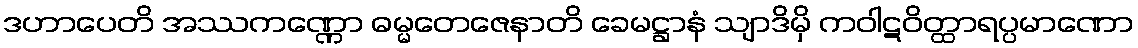
ဒဟာပေတိ အဿကဏ္ဏော ဓမ္မတေဇေနာတိ ခေမဋ္ဌာနံ သျာဒိမှိ ကဝါဋဝိတ္ထာရပ္ပမာဏော